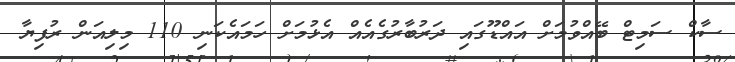
ސާކް ސަމިޓް ބޭއްވުމަށް އައްޑޫގައި ދަރުބާރުގެއެއް އެޅުމަށް ހަމައެކަނި 110 މިލިއަން ރުފިޔާ